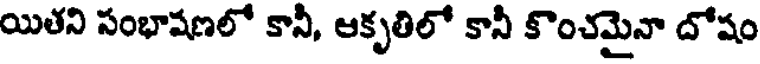
యితని సంభాషణలో కానీ, ఆకృతిలో కానీ కొంచమైనా దోషం